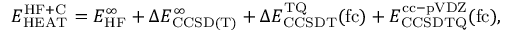
E _ { \mathrm { H E A T } } ^ { \mathrm { H F + C } } = E _ { \mathrm { H F } } ^ { \infty } + \Delta E _ { \mathrm { C C S D ( T ) } } ^ { \infty } + \Delta E _ { \mathrm { C C S D T } } ^ { \mathrm { T Q } } ( \mathrm { f c } ) + E _ { \mathrm { C C S D T Q } } ^ { \mathrm { c c - p V D Z } } ( \mathrm { f c } ) ,